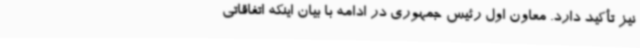
نیز تأکید دارد. معاون اول رئیس جمهوری در ادامه با بیان اینکه اتفاقاتی